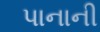
પાનાની